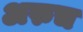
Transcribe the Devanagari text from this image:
अरुच